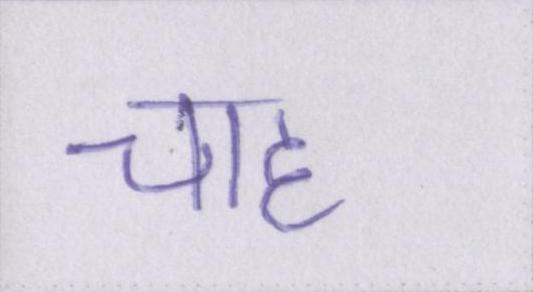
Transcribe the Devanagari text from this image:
चाह